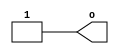
`timescale 1ns / 1ps
//////////////////////////////////////////////////////////////////////////////////
// Company: 
// Engineer: 
// 
// Design Name: 
// Module Name: ALU
// Project Name: 
// Target Devices: 
// Tool Versions: 
// Description: 
// 
// Dependencies: 
// 
// Revision:
// Revision 0.01 - File Created
// Additional Comments:
// 
//////////////////////////////////////////////////////////////////////////////////


module HIGH(
    output wire o
);
    assign o = 1;
endmodule

module GROUND(
    output wire o
);
    assign o = 0;
endmodule

module XOR(
    input wire In1,
    input wire In2,
    output wire o
);
    assign o = In1^In2;
endmodule